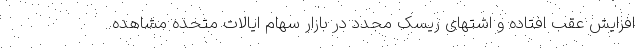
افزایش عقب افتاده و اشتهای ریسک مجدد در بازار سهام ایالات متحده مشاهده